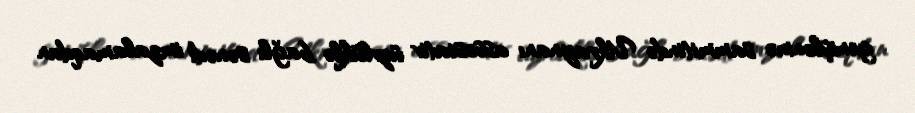
genişlənmə sammitində Ukraynanı assosiativ üzvlüklə bağlı sənədi imzalamaqdan